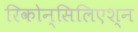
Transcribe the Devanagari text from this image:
रिकोन्सिलिएश्न